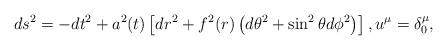
LaTeX: \begin{align*}ds^2 = -dt^2 + a^2(t) \left[dr^2 + f^2(r) \left(d\theta^2 + \sin^2 \theta d \phi^2\right)\right], u^\mu = \delta^{\mu}_{0},\end{align*}